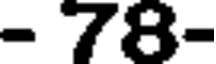
- 78-